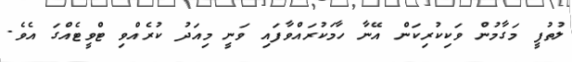
ލުތުފީ މަގާމުން ވަކިކުރިކަން އޭނާ ހާމަކުރައްވާފައި ވަނީ މިއަދު ކުރެއްވި ޓްވީޓެއްގަ އެވެ.